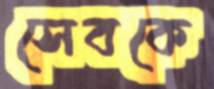
সেবকে